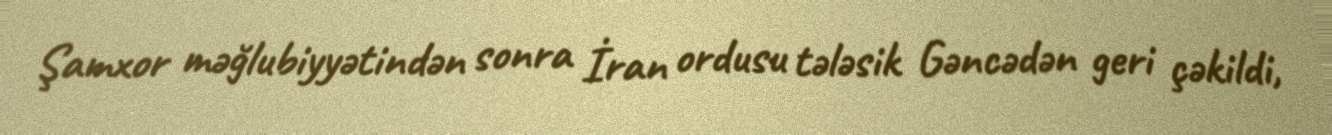
Şamxor məğlubiyyətindən sonra İran ordusu tələsik Gəncədən geri çəkildi,